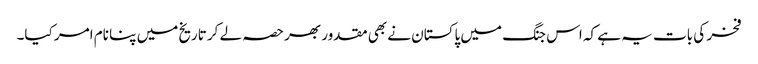
فخر کی بات یہ ہے کہ اس جنگ میں پاکستان نے بھی مقدور بھر حصہ لے کر تاریخ میں پنا نام امر کیا۔